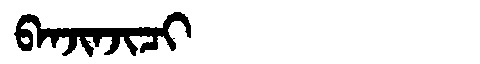
Manchu: ᠪᠠᠨᠵᡳᠨᠵᡳᠴᡳ
Romanization: BANJINJICI